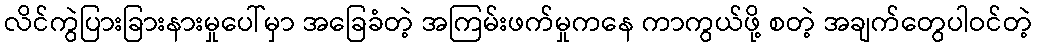
လိင်ကွဲပြားခြားနားမှုပေါ်မှာ အခြေခံတဲ့ အကြမ်းဖက်မှုကနေ ကာကွယ်ဖို့ စတဲ့ အချက်တွေပါဝင်တဲ့